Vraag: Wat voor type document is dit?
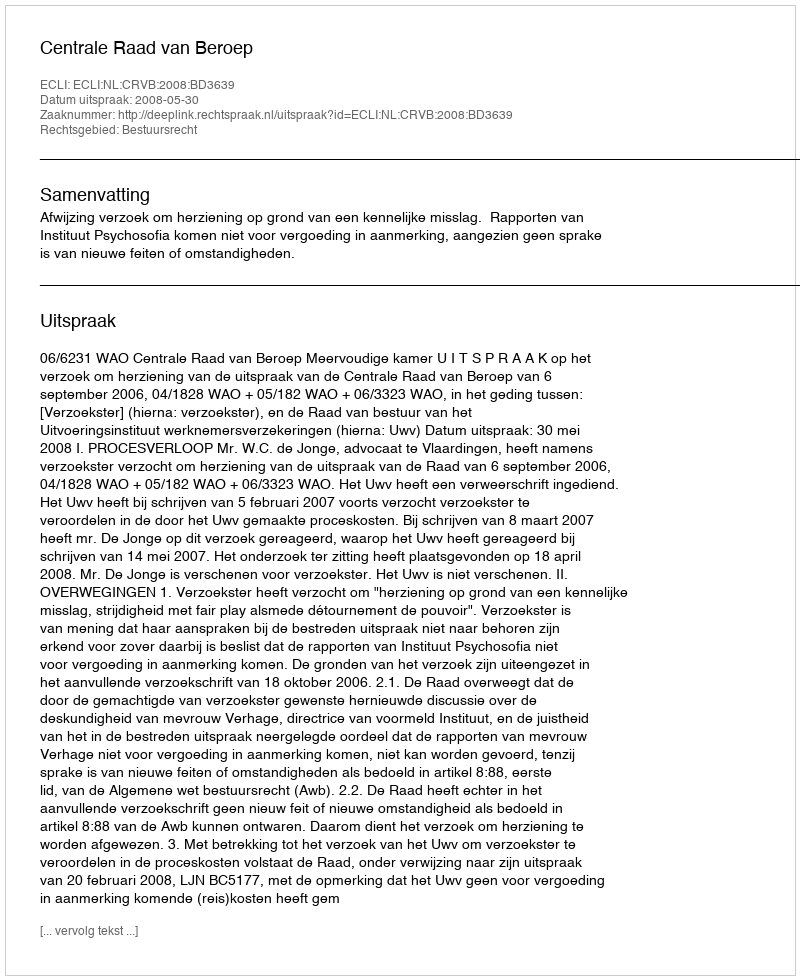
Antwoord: Uitspraak